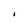
Character: i